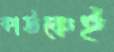
কাউকেই